system: You are a helpful assistant.
user:
Analyze the provided spectrum to determine if it is a **Carbon Star (C-type)**.

- **Key Visual Indicators of Carbon Star:**
    - **(Primary):** Strong molecular absorption from **C₂ (diatomic carbon) "Swan Bands."** This is the **defining feature** of a carbon star.
        - **(Key Bandheads):** Sharp absorption edges are visible at approximately $5635$ Å, $5165$ Å (the strongest band), and $4737$ Å.
        - **(Line Profile):** Creates a distinct **"saw-tooth"** pattern. The key morphology is a sharp, steep bandhead on the **red (long-wavelength) side**, which then gradually tapers off (i.e., flux recovers) towards the **blue (short-wavelength) side**. *(This is the direct opposite of the TiO bands seen in M-type stars)*.

    - **(Secondary):** Intense **CN (cyanogen)** molecular absorption bands.
        - **(Key Bandheads):** Located in the blue and violet regions of the spectrum (e.g., near $4215$ Å and $3883$ Å).
        - **(Morphology):** These bands are extremely broad and act as a "blanket," absorbing the vast majority of blue and violet light. This creates a characteristic **"cliff"** or **"steep drop-off"** in the spectrum's flux at short wavelengths.

    - **(Key Confirmation):** Strong **CH absorption band (G-band)**.
        - **(Key Bandhead):** Located around $4300$ Å. The contribution from CH molecules to this band is exceptionally strong.

    - **(Overall Spectrum):**
        - The continuum is severely "chopped up" by these deep molecular bands, especially C₂, rather than appearing as a smooth curve.
        - Due to the heavy CN and C₂ absorption in the blue-green, the vast majority of the star's flux is concentrated in the red part of the spectrum, giving the star its characteristic deep red color.

Think first, call **spectral_visualization_tool** if needed to examine features in detail, then provide your final answer. Your response must adhere to the following strict rules:
1.  **Overall Structure:** Your response must follow the format `<think>...</think> <tool_call>...</tool_call> (if a tool is used) <answer>...</answer>`.
2.  **Tool Usage Constraint:** You may only make **one** tool call per turn.
3.  **Final Answer Format:** In the `<answer>` tag, your conclusion must be inside a `\boxed{}` command (e.g., `\boxed{YES}`), followed by your justification.

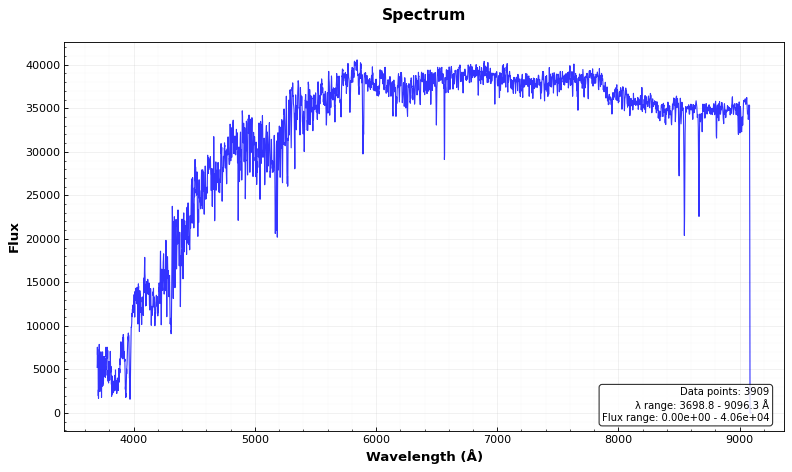
Answer: NO